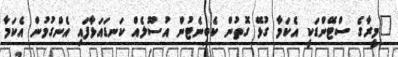
"މީރާގެ ސްޓޭންޑަކީ އެކަމާ ގުޅޭ ގޮތުން ކެބިނެޓުން އުސޫލެއް ކަނޑައަޅާފައި އެންގުމުން އެކަމާ